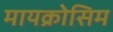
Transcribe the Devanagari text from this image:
मायक्रोसिम